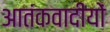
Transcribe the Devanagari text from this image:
आतंकवादीयों